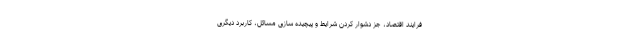
فرایند اقتصاد، جز دشوار کردن شرایط و پیچیده سازی مسائل، کاربرد دیگری